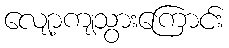
လျော့ကျသွားကြောင်း